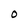
Character: O